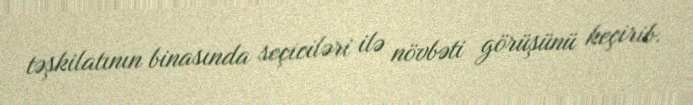
təşkilatının binasında seçiciləri ilə növbəti görüşünü keçirib.